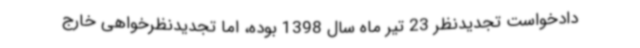
دادخواست تجدیدنظر 23 تیر ماه سال 1398 بوده، اما تجدیدنظرخواهی خارج